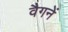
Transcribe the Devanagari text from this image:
वैगनें